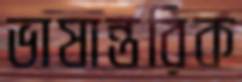
ভাষান্তরিক